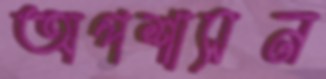
অপশাসন